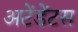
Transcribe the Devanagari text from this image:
अटेंडेंटस